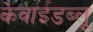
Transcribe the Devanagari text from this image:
केवाईडब्लू